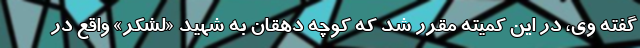
گفته وی، در این کمیته مقرر شد که کوچه دهقان به شهید «لشکر» واقع در